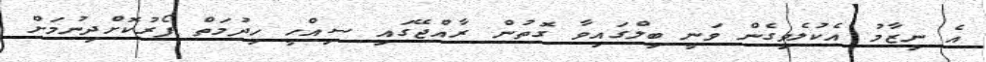
އެ ނިޒާމު އެކުލެވިގެން ވަނީ ބިލްގައިވާ ގޮތުން ރާއްޖޭގައި ސިއްހީ ހިދުމަތް ފޯރުކޮށްދިނުމަށް